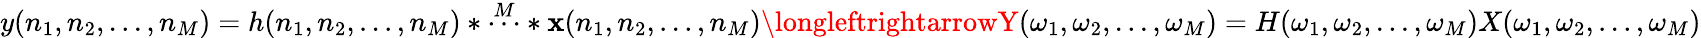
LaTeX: y(n_{1},n_{2},...,n_{M})=h(n_{1},n_{2},...,n_{M})*{\overset{M}{\cdots}}*\mathbf{x}(n_{1},n_{2},...,n_{M})\longleftrightarrowY(\omega_{1},\omega_{2},...,\omega_{M})=H(\omega_{1},\omega_{2},...,\omega_{M})X(\omega_{1},\omega_{2},...,\omega_{M})